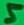
Text: 5